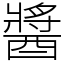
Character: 醬